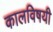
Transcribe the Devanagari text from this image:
कालविषयी